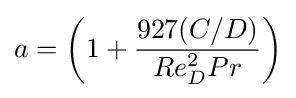
{a=\left(1+{927(C/D) \over Re_{D}^{2}Pr}\right)}